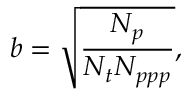
b = \sqrt { \frac { N _ { p } } { N _ { t } N _ { p p p } } } ,